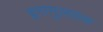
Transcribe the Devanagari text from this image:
इनामुलहक